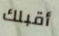
أقبلك